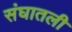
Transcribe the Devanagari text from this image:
संघातली